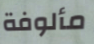
مألوفة